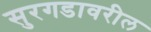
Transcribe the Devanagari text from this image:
सुरगडावरील